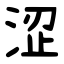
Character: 涩